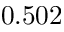
0 . 5 0 2